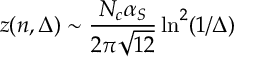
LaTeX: z ( n , \Delta ) \sim \frac { N _ { c } \alpha _ { S } } { 2 \pi \sqrt { 1 2 } } \ln ^ { 2 } ( 1 / \Delta )